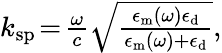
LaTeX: \begin{array}{r}{k_{\mathrm{sp}}\! =\! \frac{\omega}{c}\sqrt{\frac{\epsilon_{\mathrm{m}}(\omega)\epsilon_{\mathrm{d}}}{\epsilon_{\mathrm{m}}(\omega)+\epsilon_{\mathrm{d}}}},}\end{array}